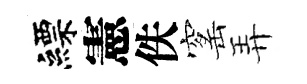
縹憲佚窰弄